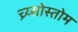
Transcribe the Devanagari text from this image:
च्र्य्सोस्तोम